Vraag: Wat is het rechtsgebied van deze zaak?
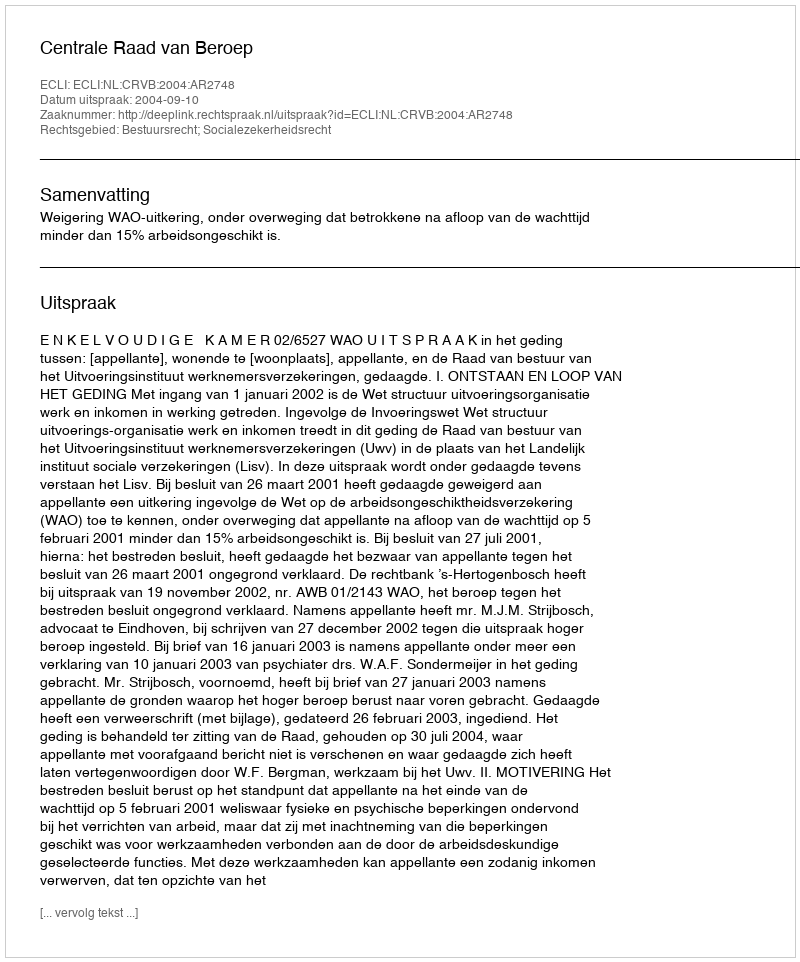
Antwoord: Bestuursrecht; Socialezekerheidsrecht